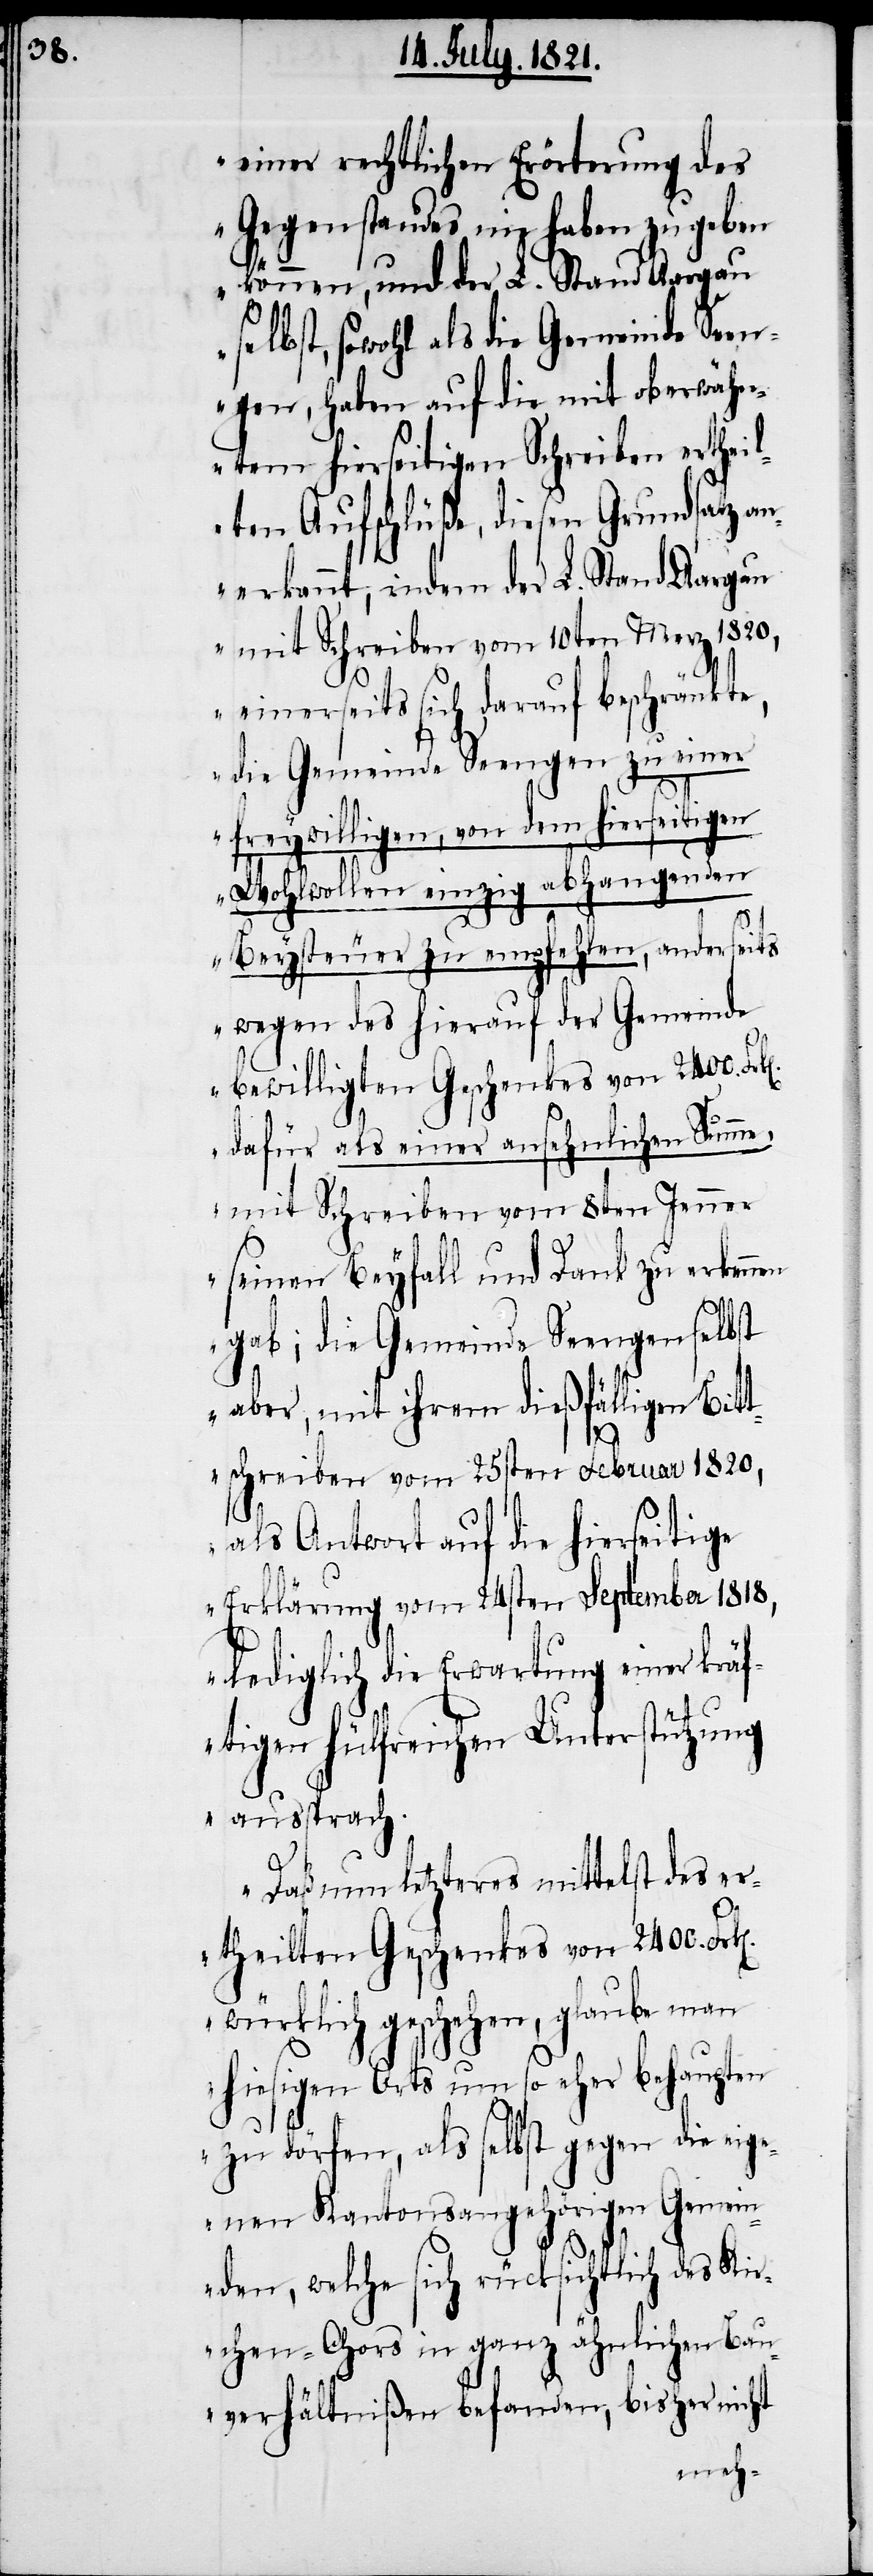
einer rechtlichen Erörterung des
Gegenstandes nie haben zugeben
können, und der L. Stand Aargau
selbst, sowohl als die Gemeinde Seen¬
gen, haben auf die mit oberwähn¬
tem hierseitigen Schreiben ertheil¬
ten Aufschlüße, diesen Grundsatz an¬
erkannt, indem der L. Stand Aargau
mit Schreiben vom 10ten Merz 1820,
einerseits sich darauf beschränkte,
die Gemeinde Seengen zu einer
freywilligen, von dem hierseitigen
Wohlwollen einzig abhangenden
Beysteuer zu empfehlen, und anders¬
wegen des hierauf der Gemeinde
bewilligten Geschenkes von 2400.
dafür als einer ansehnlichen Summe,
mit Schreiben vom 8ten Jenner
seinen Beyfall und Dank zu erkenn¬
gab; die Gemeinde Seengen selbst
aber, mit ihrem dießfälligen Bitt¬
en
schreiben vom 25sten Februar 1820,
als Antwort auf die hierseitige
Erklärung vom 24sten September 1818,
lediglich die Erwartung einer kräf¬
tigen hülfreichen Unterstützung
aussprach.
Daß nun letzteres mittelst des er¬
theilten Geschenks von 2400.
würklich geschehen, glaube man
hiesigen Orts um so eher behaupten
zu dörfen, als selbst gegen die eige¬
nen Kantonsangehörigen Gemein¬
den, welche sich rücksichtlich des Kir¬
chen-Chors in ganz ähnlichen Bau¬
verhältnißen befanden, bisher nicht